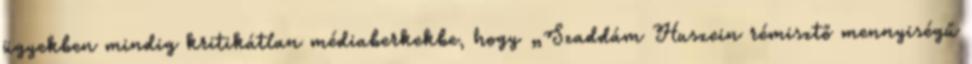
ügyekben mindig kritikátlan médiaberkekbe, hogy „Szaddám Huszein rémisztő mennyiségű